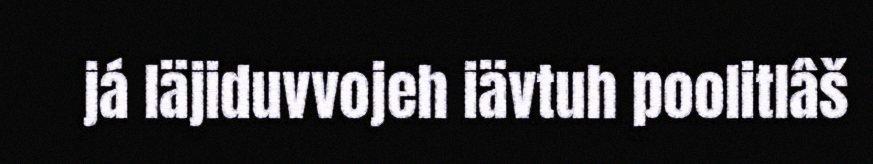
já läjiduvvojeh iävtuh poolitlâš